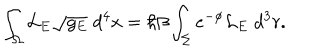
\int _ { \Omega } { \cal L } _ { E } \sqrt { g _ { E } } \; d ^ { 4 } x = \hbar \beta \int _ { \Sigma } e ^ { - \phi } { \cal L } _ { E } \; d ^ { 3 } r .